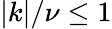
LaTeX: |k|/\nu\leq 1